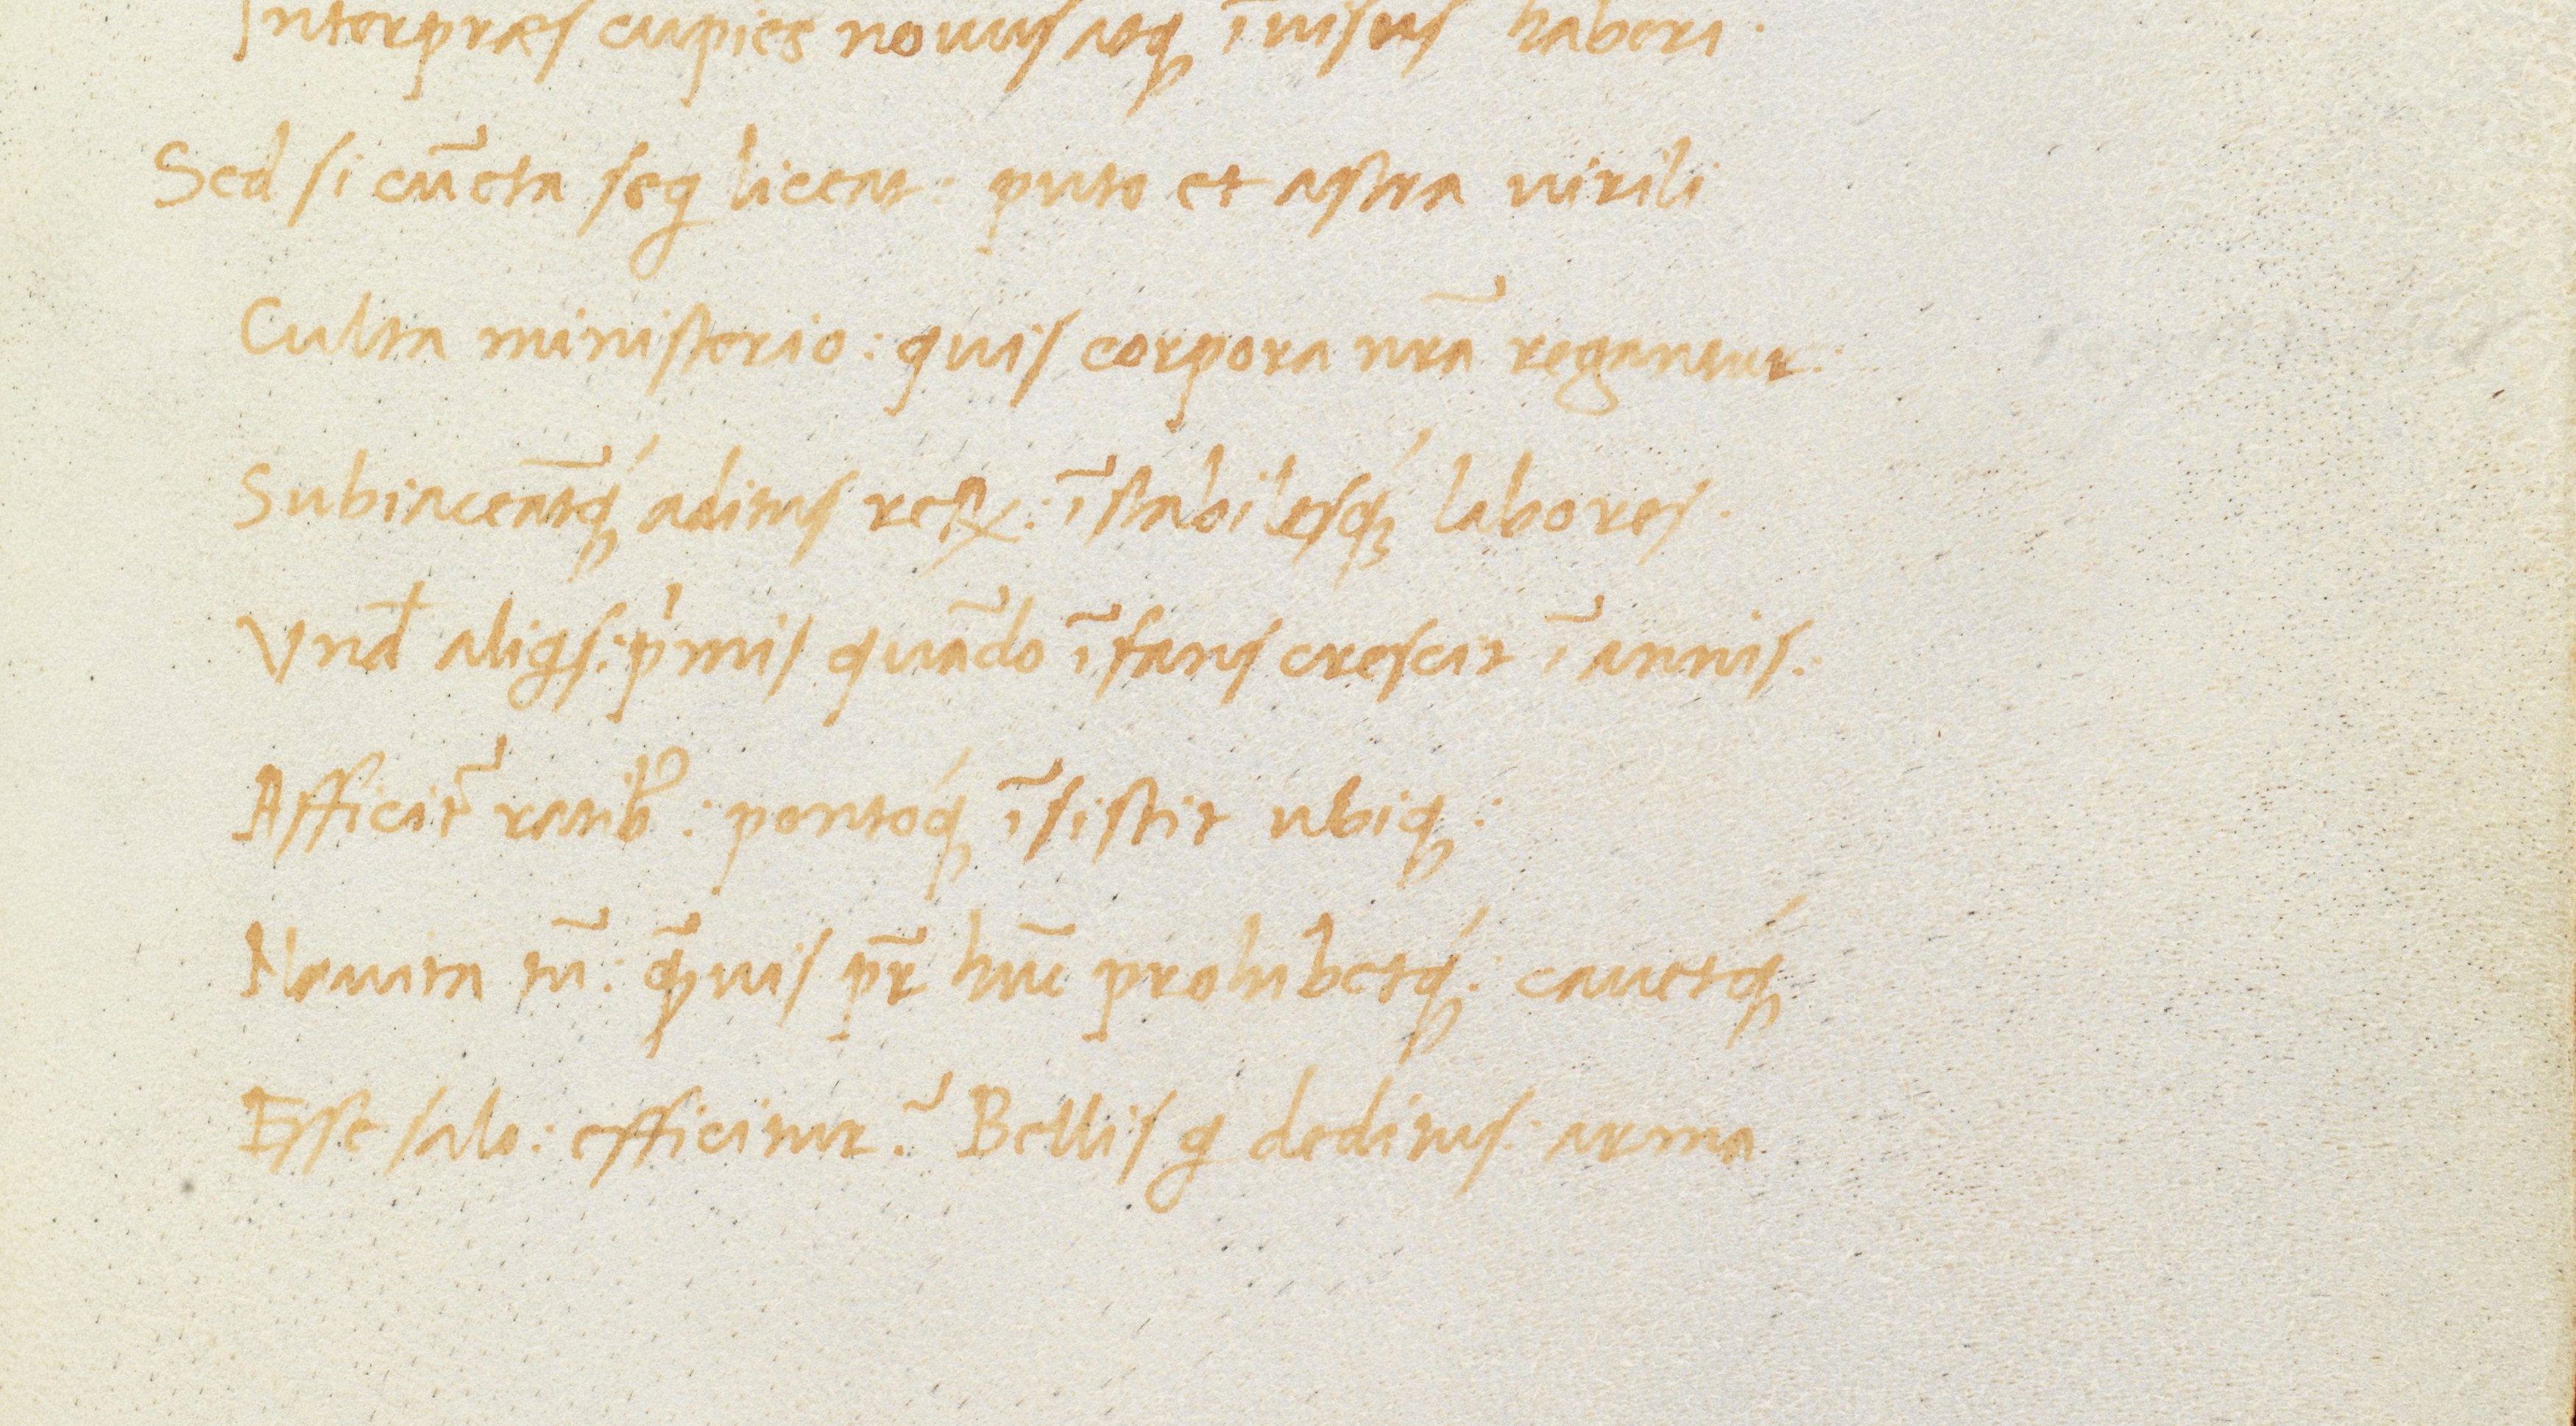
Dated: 1470–1499